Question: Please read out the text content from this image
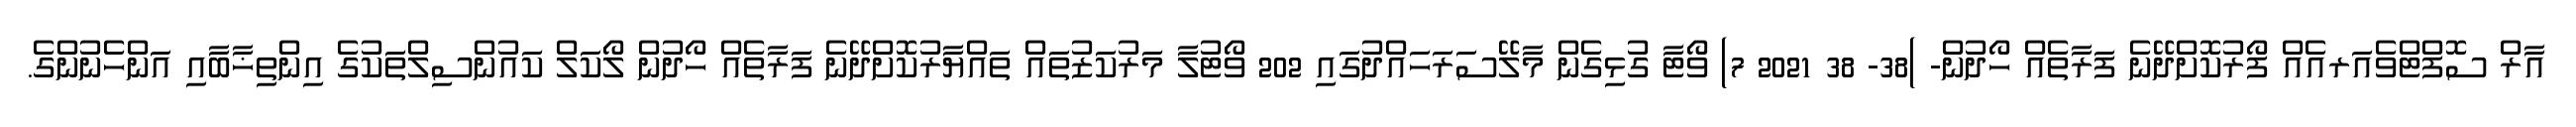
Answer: އާރް ސޮފްޓްވެއަރއެއް ފޯރުކޮށްދޭނެ ފަރާތެއް ހޯދުން- )38- 38 2021 7) ވޯޓާ ގުޅިގެން މާލޭސަރަހައްދުގައި 202 ވޯޓުލާ މަރުކަޒުތައް ތައްޔާރުކޮށްދޭނެ ފަރާތެއް ހޯދުން ލޯކަލް ކައުންސިލްތަކުގެ އިންތިޚާބާއި އަންހެނުންގެ.